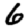
Digit: 6